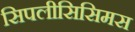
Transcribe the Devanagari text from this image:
सिपलीसिसिमस